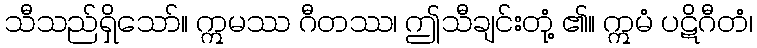
သီသည်ရှိသော်။ ဣမဿ ဂီတဿ၊ ဤသီချင်းတုံ့ ၏။ ဣမံ ပဋိဂီတံ၊